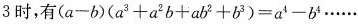
3时，有(a-b)(a3+a2b+ab2+b3)=a4-b4……